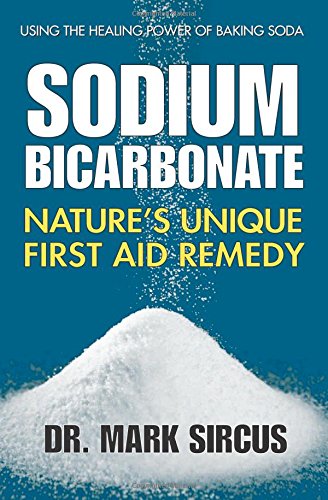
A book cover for Sodium Bicarbonate: Nature's Unique First Aid Remedy; Mark Sircus; Engineering & Transportation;